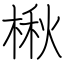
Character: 楸